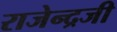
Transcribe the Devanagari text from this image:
राजेन्द्रजी